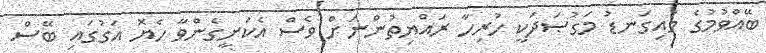
ބޭއްވުމުގެ މައިގަނޑު މަގުޞަދަކީ ހުރިހާ ރައްޔިތުންނަށް ވެސް އެކަށީގެންވާ ހެޔޮ އަގުގައި ބޭސް